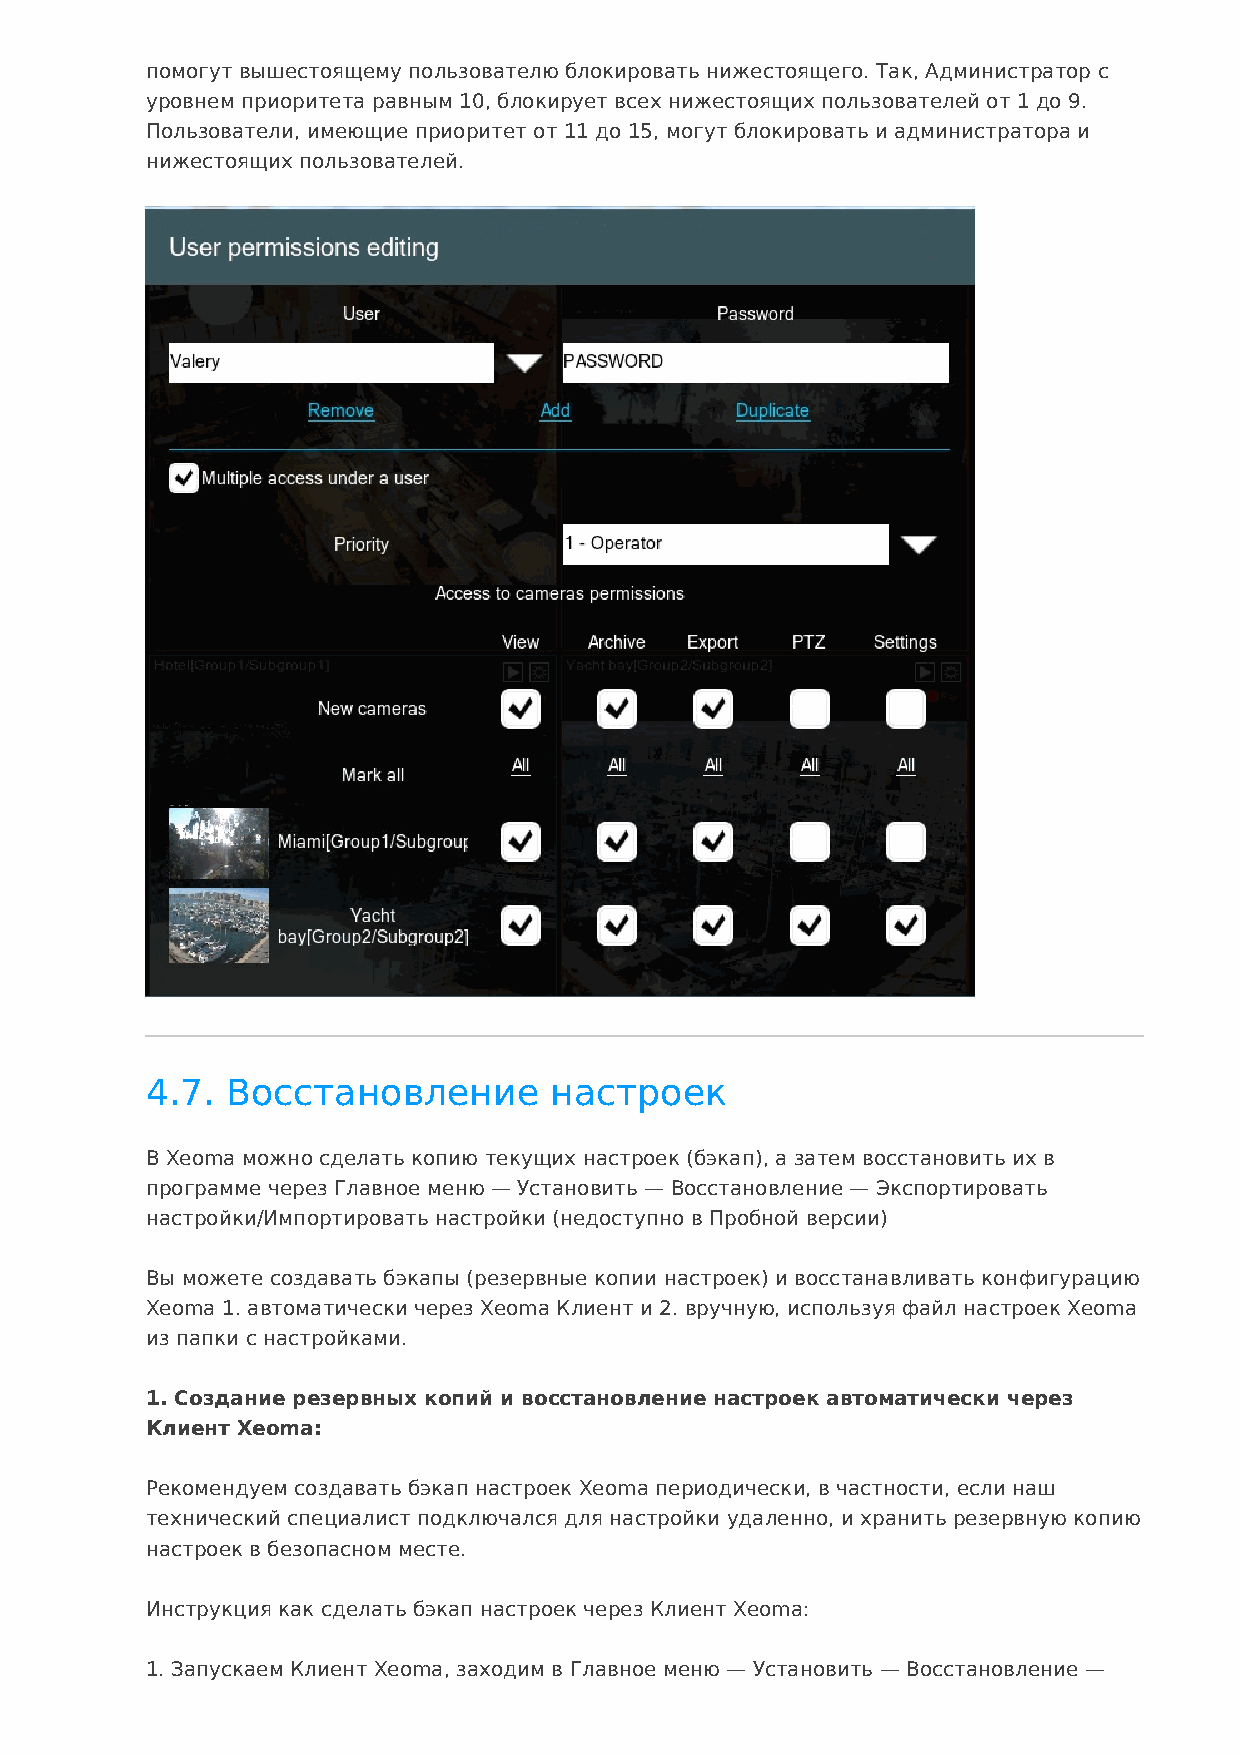
помогут вышестоящему пользователю блокировать нижестоящего. Так, Администратор с
 уровнем приоритета равным 10, блокирует всех нижестоящих пользователей от 1 до 9.
 Пользователи, имеющие приоритет от 11 до 15, могут блокировать и администратора и
 нижестоящих пользователей.
 4.7. Восстановление       настроек
 В Xeoma можно сделать копию текущих настроек (бэкап), а затем восстановить их в
 программе через Главное меню — Установить — Восстановление — Экспортировать
 настройки/Импортировать настройки (недоступно в Пробной версии)
 Вы можете создавать бэкапы (резервные копии настроек) и восстанавливать конфигурацию
 Xeoma 1. автоматически через Xeoma Клиент и 2. вручную, используя файл настроек Xeoma
 из папки с настройками.
 1. Создание резервных копий и восстановление настроек автоматически через
 Клиент Xeoma:
 Рекомендуем создавать бэкап настроек Xeoma периодически, в частности, если наш
 технический специалист подключался для настройки удаленно, и хранить резервную копию
 настроек в безопасном месте.
 Инструкция как сделать бэкап настроек через Клиент Xeoma:
 1. Запускаем Клиент Xeoma, заходим в Главное меню — Установить — Восстановление —